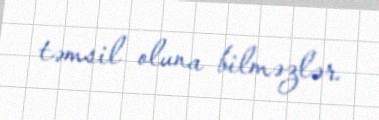
təmsil oluna bilməzlər.